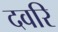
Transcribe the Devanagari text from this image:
दवरि